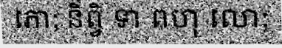
ភោ; និព្វិ ទា ពហុ លោ;